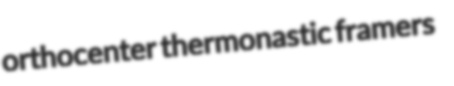
orthocenter thermonastic framers